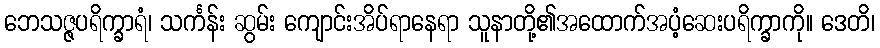
ဘေသဇ္ဇပရိက္ခာရံ၊ သင်္ကန်း ဆွမ်း ကျောင်းအိပ်ရာနေရာ သူနာတို့၏အထောက်အပံ့ဆေးပရိက္ခာကို။ ဒေတိ၊